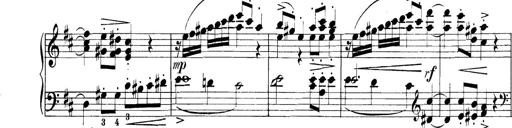
Title: 3 Sonatinas
Composer: Carl Reinecke